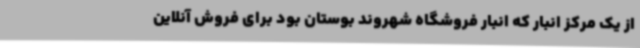
از یک مرکز انبار که انبار فروشگاه شهروند بوستان بود برای فروش آنلاین